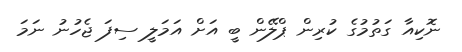
ނޮކިއާ ގަތުމުގެ ކުރިން ޕްލޭން ބީ އަށް އަމަލީ ސިފަ ޖެހުނު ނަމަ